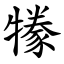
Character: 㹖